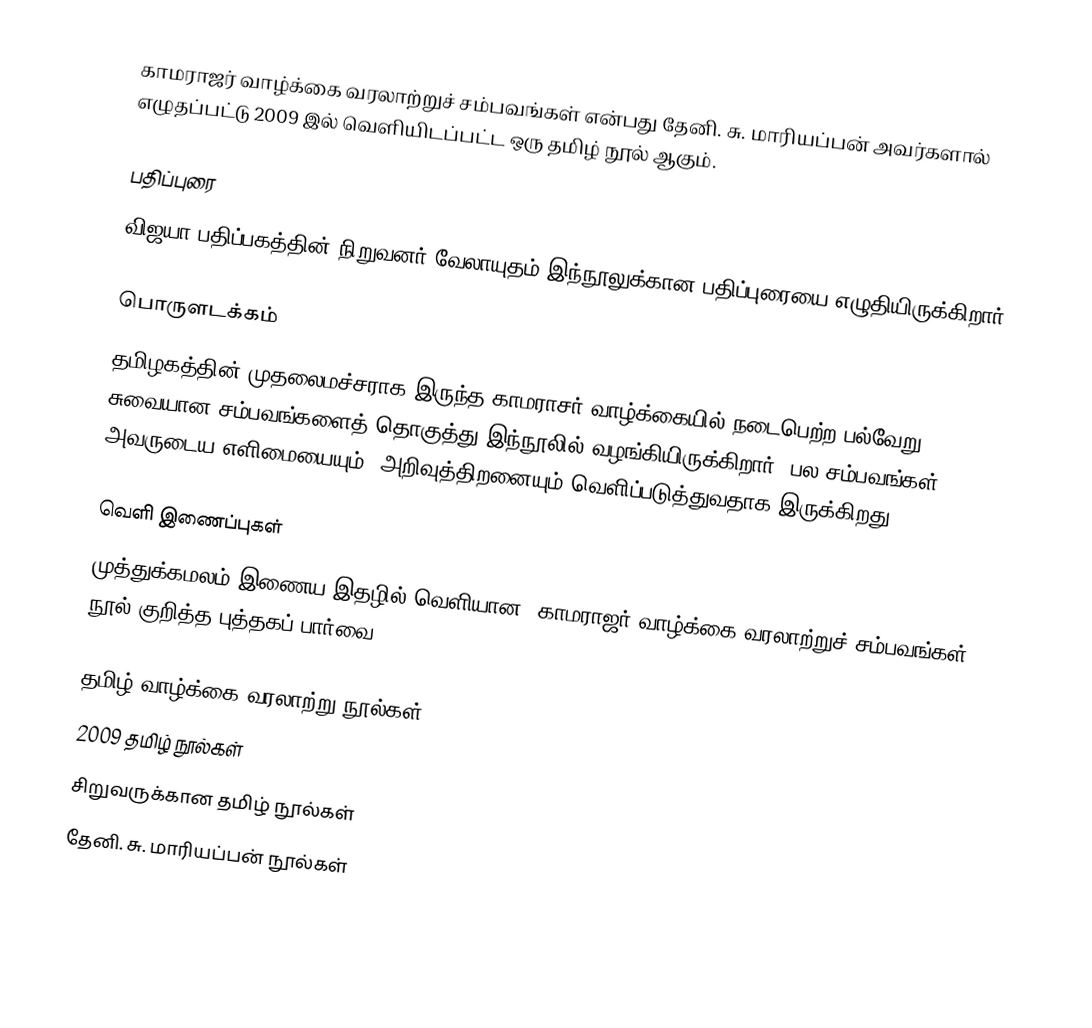
காமராஜர் வாழ்க்கை வரலாற்றுச் சம்பவங்கள் என்பது தேனி. சு. மாரியப்பன் அவர்களால் எழுதப்பட்டு 2009 இல் வெளியிடப்பட்ட ஒரு தமிழ் நூல் ஆகும்.

பதிப்புரை
விஜயா பதிப்பகத்தின் நிறுவனர் வேலாயுதம் இந்நூலுக்கான பதிப்புரையை எழுதியிருக்கிறார்.

பொருளடக்கம்
தமிழகத்தின் முதலைமச்சராக இருந்த காமராசர் வாழ்க்கையில் நடைபெற்ற பல்வேறு சுவையான சம்பவங்களைத் தொகுத்து இந்நூலில் வழங்கியிருக்கிறார். பல சம்பவங்கள் அவருடைய எளிமையையும், அறிவுத்திறனையும் வெளிப்படுத்துவதாக இருக்கிறது.

வெளி இணைப்புகள்
 முத்துக்கமலம் இணைய இதழில் வெளியான “காமராஜர் வாழ்க்கை வரலாற்றுச் சம்பவங்கள்” நூல் குறித்த புத்தகப் பார்வை

தமிழ் வாழ்க்கை வரலாற்று நூல்கள்
2009 தமிழ் நூல்கள்
சிறுவருக்கான தமிழ் நூல்கள்
தேனி. சு. மாரியப்பன் நூல்கள்